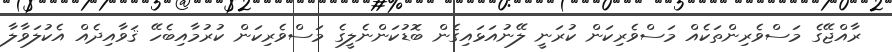
ރާއްޖޭގެ މަސްވެރިންތަކެއް މަސްވެރިކަން ކުރަނީ ލޭނުއަޅައިގެން ބޮޑުކަންނެލީގެ މަސްވެރިކަން ކުރުމާއިބެހޭ ޤަވާއިދެއް އެކުލަވާލާ